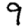
Digit: 9